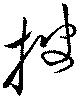
披